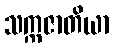
သက္ကဇာတိယာ